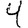
Digit: 4